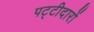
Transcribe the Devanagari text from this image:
पट्टीदारों